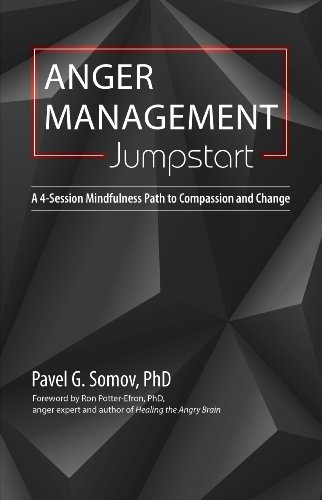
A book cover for Anger Management Jumpstart: A 4-Session Mindfulness Path to Compassion and Change; Pavel Somov Ph.D.; Self-Help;